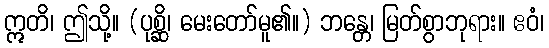
ဣတိ၊ ဤသို့။ (ပုစ္ဆိ၊ မေးတော်မူ၏။) ဘန္တေ၊ မြတ်စွာဘုရား။ ဧဝံ၊